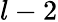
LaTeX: l-2